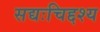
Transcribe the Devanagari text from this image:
सद्यःचिद्दश्य